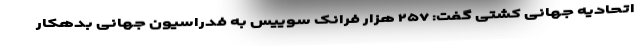
اتحادیه جهانی کشتی گفت: ۲۵۷ هزار فرانک سوییس به فدراسیون جهانی بدهکار